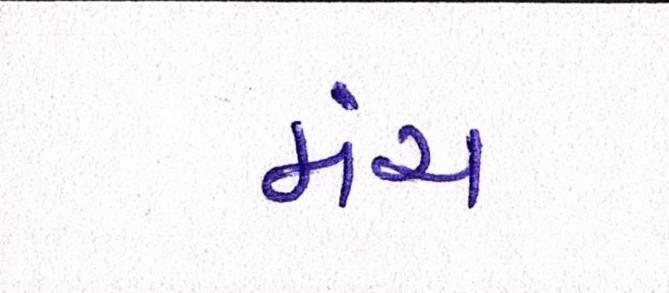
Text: મંચ